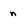
Character: n